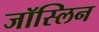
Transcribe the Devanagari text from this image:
जॉस्लिन